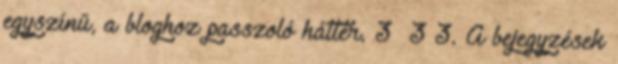
egyszínű, a bloghoz passzoló háttér. 3 3 3. A bejegyzések